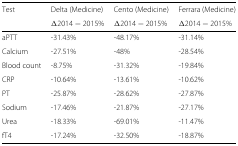
<table><thead><tr><td><b>Test</b></td><td><b>Delta (Medicine)</b></td><td><b>Cento (Medicine)</b></td><td><b>Ferrara (Medicine)</b></td></tr><tr><td></td><td><b><i>Δ</i>2014−2015<i>%</i></b></td><td><b><i>Δ</i>2014−2015<i>%</i></b></td><td><b><i>Δ</i>2014−2015<i>%</i></b></td></tr></thead><tbody><tr><td>aPTT</td><td>-31.43%</td><td>-48.17%</td><td>-31.14%</td></tr><tr><td>Calcium</td><td>-27.51%</td><td>-48%</td><td>-28.54%</td></tr><tr><td>Blood count</td><td>-8.75%</td><td>-31.32%</td><td>-19.84%</td></tr><tr><td>CRP</td><td>-10.64%</td><td>-13.61%</td><td>-10.62%</td></tr><tr><td>PT</td><td>-25.87%</td><td>-28.62%</td><td>-27.87%</td></tr><tr><td>Sodium</td><td>-17.46%</td><td>-21.87%</td><td>-27.17%</td></tr><tr><td>Urea</td><td>-18.33%</td><td>-69.01%</td><td>-11.47%</td></tr><tr><td>fT4</td><td>-17.24%</td><td>-32.50%</td><td>-18.87%</td></tr></tbody></table>